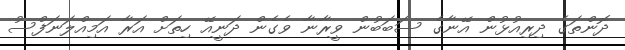
ދޮންތަގެ ދިރިއުޅުން އޭނާގެ ސަބަބުން ވީރާނާ ވެގެން ދަނީއޭ ހިތަށް އަރާ އަމިއްލަނަފްސު